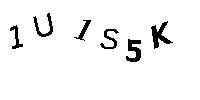
1U1S5K